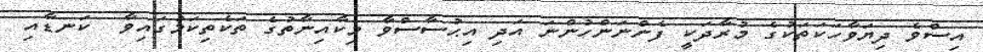
އިސްވެ ދިޔަވާހަކަތަކުގެ މުރާދަކީ ފެންނަންހުންނަ އަދި އިޙުސާސްވާ މިކާއިނާތުގެ ތަކެތިކަމުގައިވާ  ކަނޑާއި